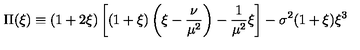
\Pi ( \xi ) \equiv ( 1 + 2 \xi ) \left[ ( 1 + \xi ) \left( \xi - \frac { \nu } { \mu ^ { 2 } } \right) - \frac { 1 } { \mu ^ { 2 } } \xi \right] - \sigma ^ { 2 } ( 1 + \xi ) \xi ^ { 3 }